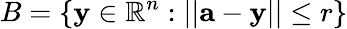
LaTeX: B=\{ \mathbf{y}\in\mathbb{R}^{n}:||\mathbf{a}-\mathbf{y}||\leq r\}